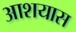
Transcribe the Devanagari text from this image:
आशयास